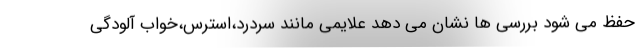
حفظ می شود بررسی ها نشان می دهد علایمی مانند سردرد،استرس،خواب آلودگی